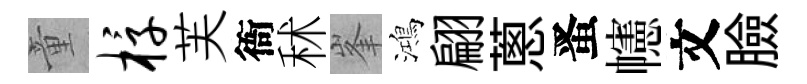
童椁芙衙秫峯鴻翩蔥󱉠幰文臉